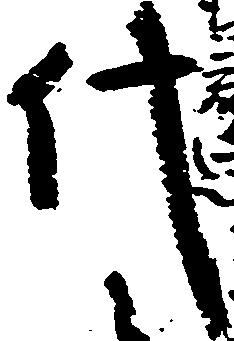
代